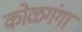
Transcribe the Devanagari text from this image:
कोळगंगा